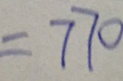
= 7 7 0